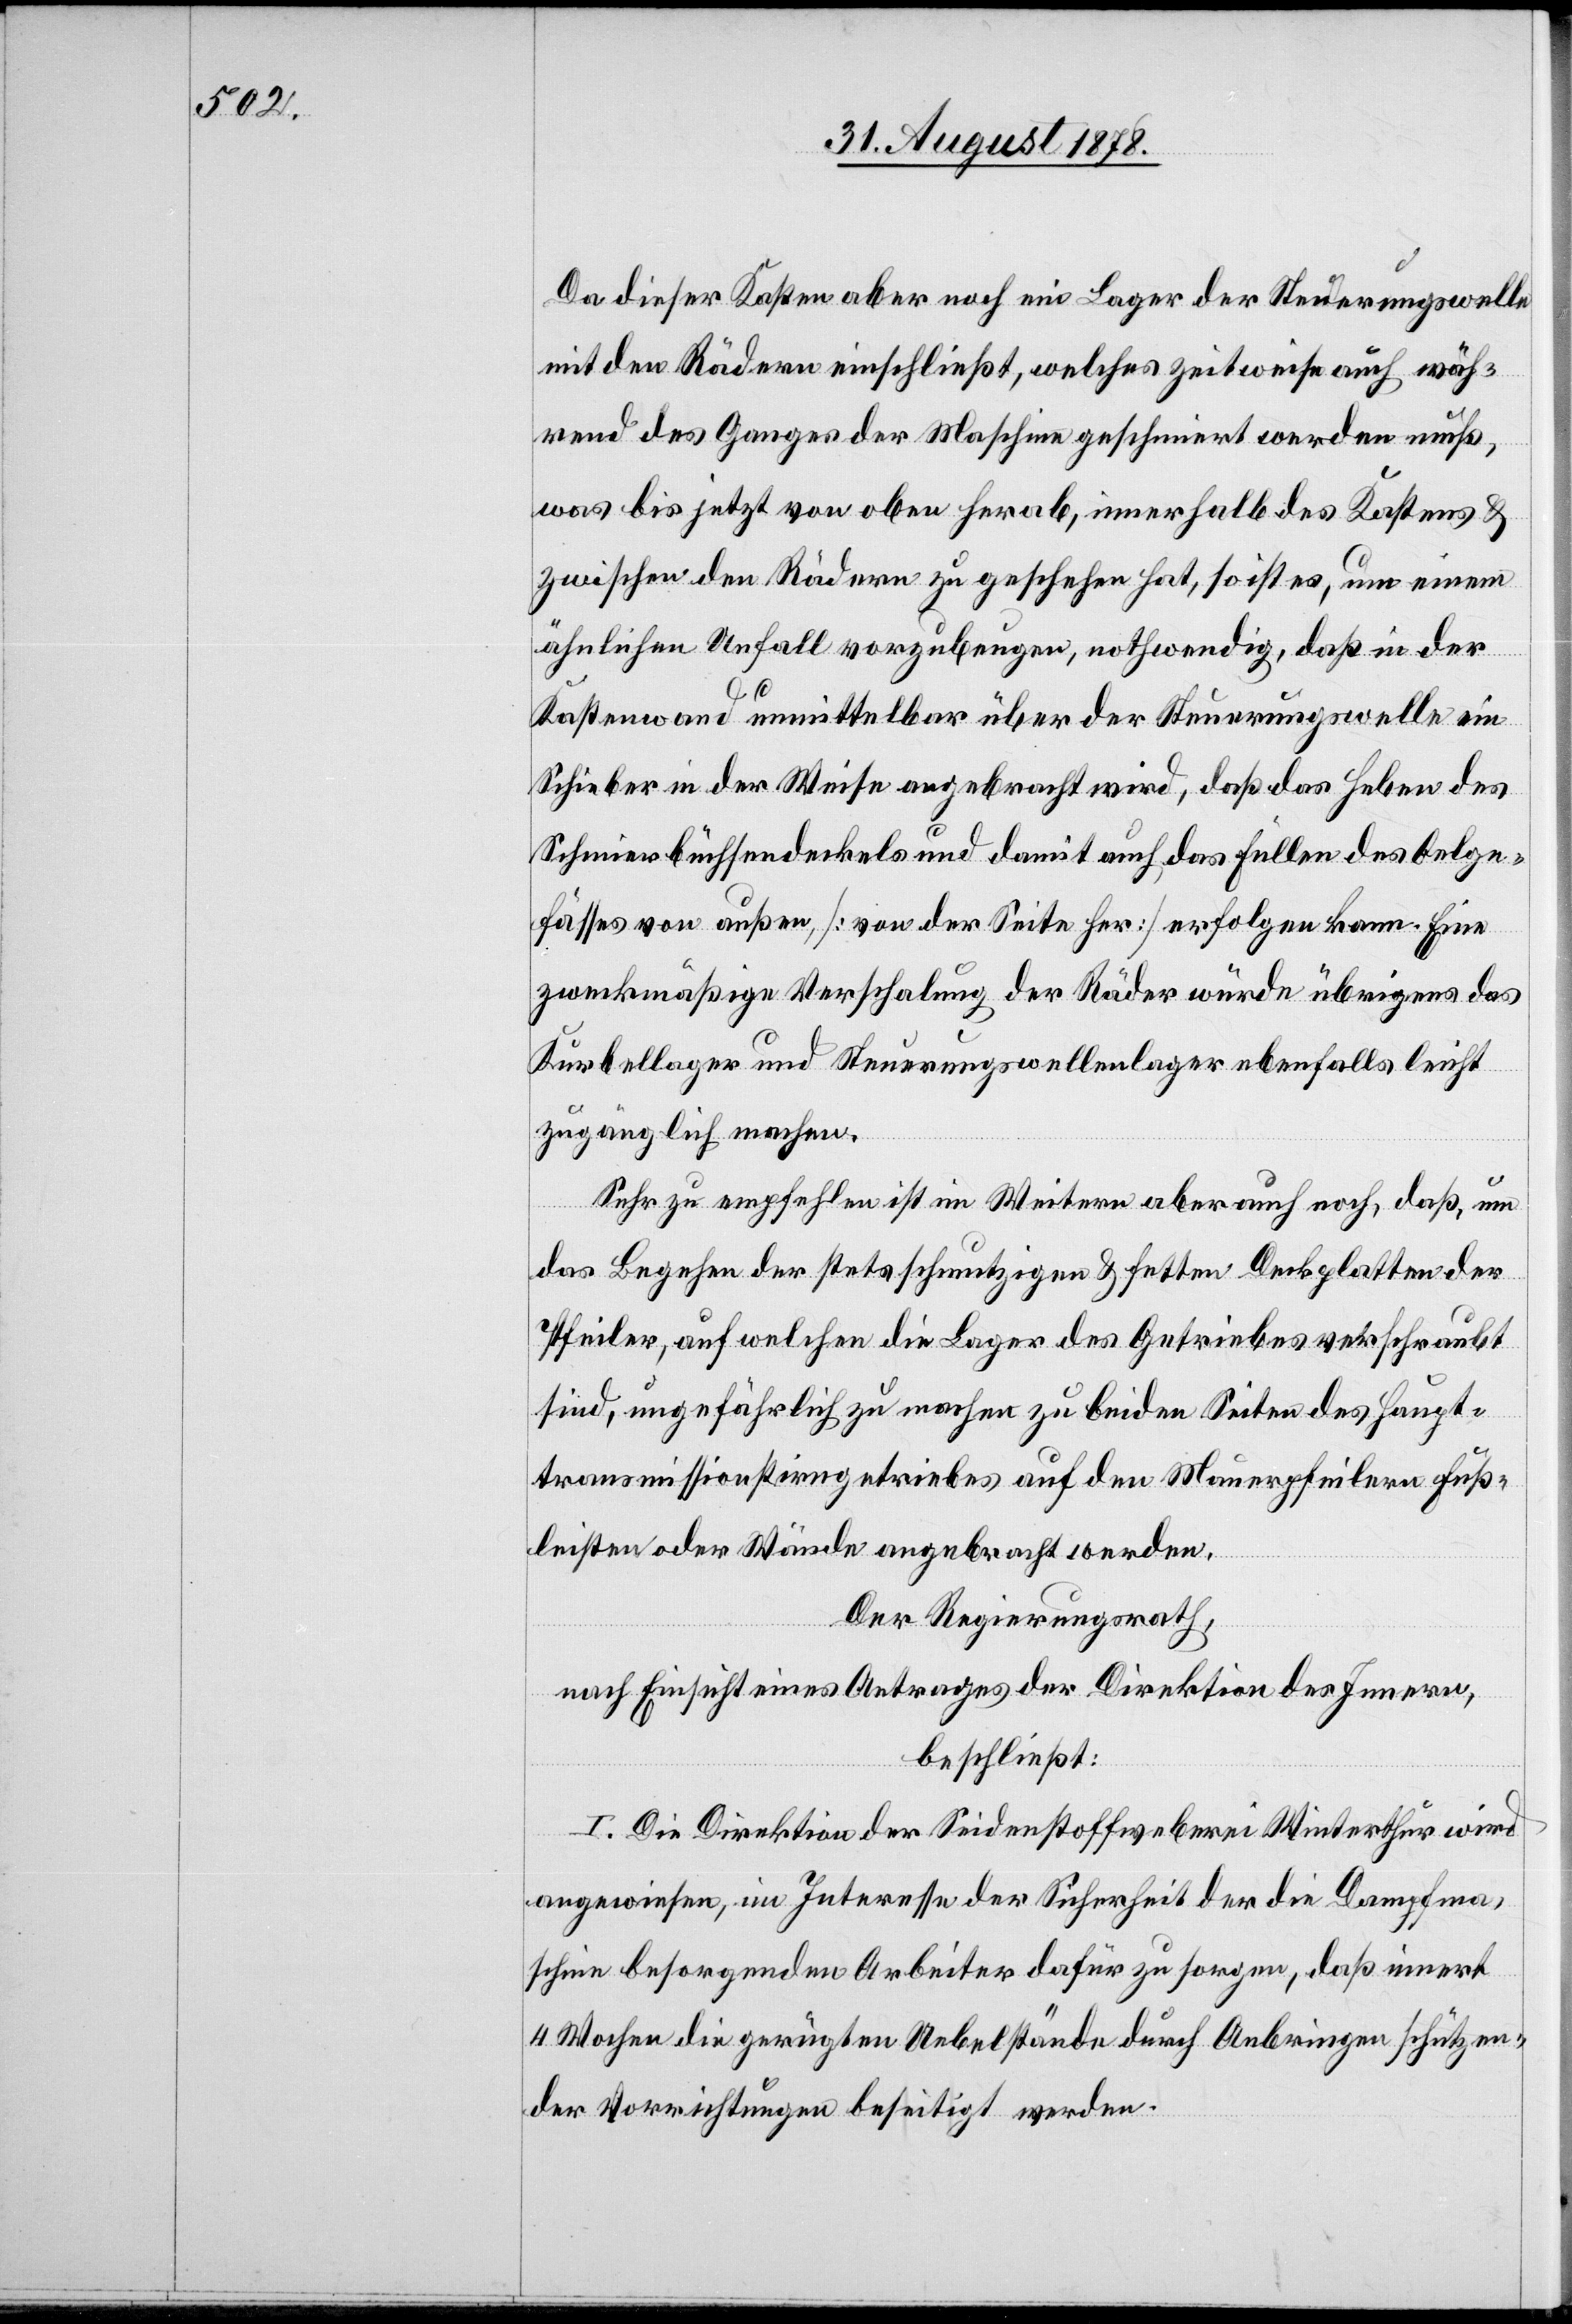
Da dieser Kasten aber noch ein Lager der Steuerungswelle
mit den Rädern einschließt, welches zeitweise auch wäh¬
rend des Ganges der Maschine geschmiert werden muß,
was bis jetzt von oben herab, innerhalb des Kastens &
zwischen den Rädern zu geschehen hat, so ist es, um einem
ähnlichen Unfall vorzbeugen, nothwendig, daß in der
Kastenwand unmittelbar über der Steuerungswelle ein
Schieber in der Weise angebracht wird, daß das Heben des
Schmierbüchsendeckels und damit auch das Füllen des Oelge¬
fässes von außen, [von der Seite her] erfolgen kann. Eine
zweckmäßige Verschalung der Räder würde übrigens das
Kurbellager und Steuerungswellenlager ebenfalls leicht
zugänglich machen.
Sehr zu empfehlen ist im Weitern aber auch noch, daß, um
das Begehen der stets schmutzigen & festen Deckplatten der
Pfeiler, auf welchen die Lager des Getriebes verschraubt
sind, ungefährlich zu machen zu beiden Seiten des Haupt¬
transmissionstirngetriebes auf den Mauerpfeilern Fuß¬
leisten oder Wände angebracht werden.
Der Regierungsrath,
nach Einsicht eines Antrages der Direktion des Innern,
beschließt:
I. Die Direktion der Seidenstoffweberei Winterthur wird
angewiesen, im Interesse der Sicherheit der die Dampfma¬
schine besorgenden Arbeiter dafür zu sorgen, daß innert
4 Wochen die gerügten Uebelstände durch Anbringen schützen¬
der Vorrichtungen beseitigt werden.